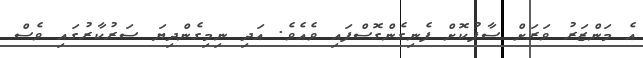
އެ މަންޒަރު ވަރަށް ސާފުކޮށް ފެނިގެެންގޮސްފައި ވެއެވެ. އަދި ނިމިގެންދިޔަ ސަރުކާރުގައި ވެސް